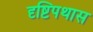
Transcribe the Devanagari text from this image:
दृष्टिपथास